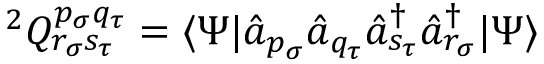
{ } ^ { 2 } Q _ { r _ { \sigma } s _ { \tau } } ^ { p _ { \sigma } q _ { \tau } } = \langle \Psi | \hat { a } _ { p _ { \sigma } } \hat { a } _ { q _ { \tau } } \hat { a } _ { s _ { \tau } } ^ { \dagger } \hat { a } _ { r _ { \sigma } } ^ { \dagger } | \Psi \rangle